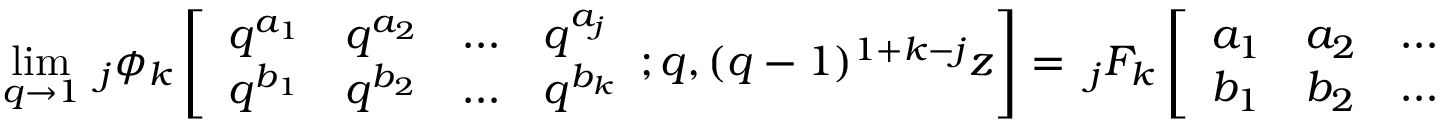
\operatorname* { l i m } _ { q \to 1 } \; _ { j } \phi _ { k } \left[ { \begin{array} { l l l l } { q ^ { a _ { 1 } } } & { q ^ { a _ { 2 } } } & { \ldots } & { q ^ { a _ { j } } } \\ { q ^ { b _ { 1 } } } & { q ^ { b _ { 2 } } } & { \ldots } & { q ^ { b _ { k } } } \end{array} } ; q , ( q - 1 ) ^ { 1 + k - j } z \right] = \; _ { j } F _ { k } \left[ { \begin{array} { l l l l } { a _ { 1 } } & { a _ { 2 } } & { \ldots } & { a _ { j } } \\ { b _ { 1 } } & { b _ { 2 } } & { \ldots } & { b _ { k } } \end{array} } ; z \right]